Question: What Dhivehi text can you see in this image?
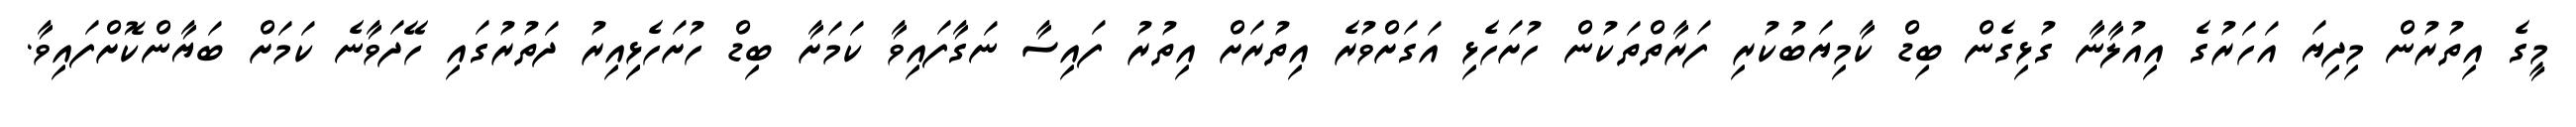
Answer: މީގެ އިތުރުން މިދިޔަ އަހަރުގެ އިއުލާނާ ގުޅިގެން ބިޑް ކާމިޔަބުކުރި ފަރާތްތަކުން ހުށަހެޅި އަގަށްވުރެ އިތުރަށް އިތުރު ފައިސާ ނަގާފައިވާ ކަމަށާ ބިޑް ހުށަހެޅިިއިރު ދަތުރުގައި ހޭދަވާނެ ކަމަށް ބަޔާންކޮށްފައިވާ.